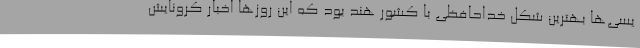
یسی‌ها بهترین شکل خداحافظی با کشور هند بود که این روزها اخبار کرونایش